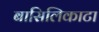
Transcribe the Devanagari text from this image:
बासिलिकाटा